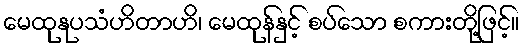
မေထုနုပသံဟိတာဟိ၊ မေထုန်နှင့် စပ်သော စကားတို့ဖြင့်။